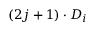
( 2 j + 1 ) \cdot D _ { i }